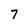
Character: 7